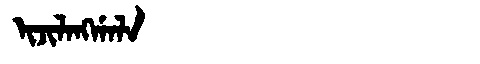
Manchu: ᡳᠵᡳᠯᠠᠩᡤᠠᠯᠠ
Romanization: IJILANGGALA